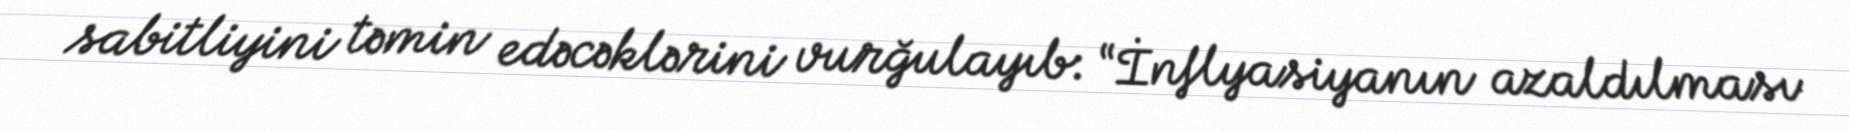
sabitliyini təmin edəcəklərini vurğulayıb: “İnflyasiyanın azaldılması